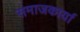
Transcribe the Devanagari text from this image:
समाजकार्या